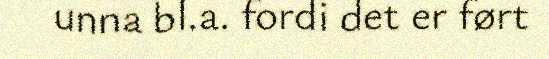
unna bl.a. fordi det er ført